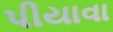
પીયાવા